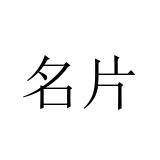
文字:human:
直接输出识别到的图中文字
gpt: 名片